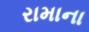
રામાના